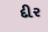
દીર